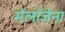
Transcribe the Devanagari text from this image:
मेलाँजेना